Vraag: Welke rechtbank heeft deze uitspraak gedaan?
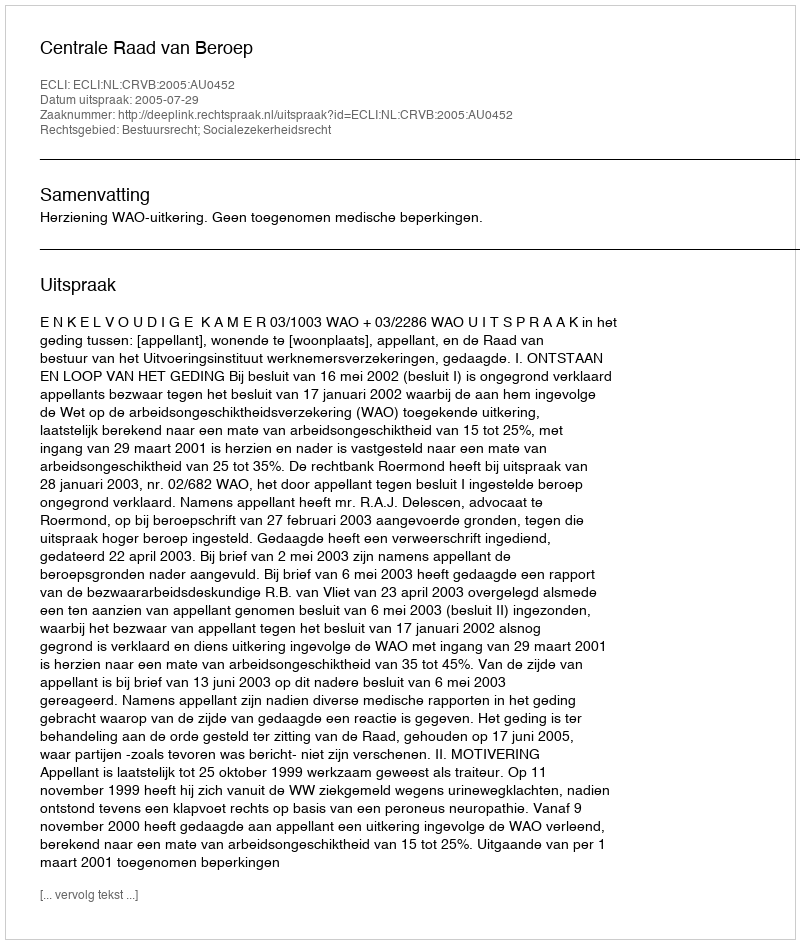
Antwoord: Centrale Raad van Beroep